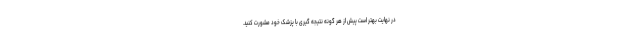
در نهایت بهتر است پیش از هر گونه نتیجه گیری با پزشک خود مشورت کنید.